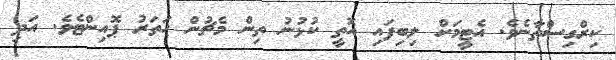
ކިރްގިސްތާނެވެ. އެޓީމަށް ލިބިފައި އޮތީ ކުޅުނު ތިން މެޗުން ހަތަރު ޕޮއިންޓެވެ. އަދި